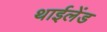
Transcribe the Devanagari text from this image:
थाईलेंड